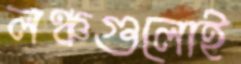
লঞ্চগুলোই